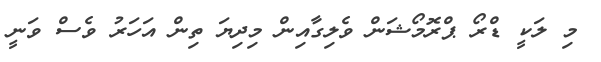
މި ލަކީ ޑްރޯ ޕްރޮމޯޝަން ވެލިގާއިން މިދިޔަ ތިން އަހަރު ވެސް ވަނީ